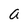
Character: a